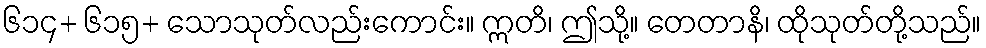
၆၁၄+ ၆၁၅+ သောသုတ်လည်းကောင်း။ ဣတိ၊ ဤသို့။ တေတာနိ၊ ထိုသုတ်တို့သည်။